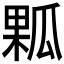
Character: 𤬁